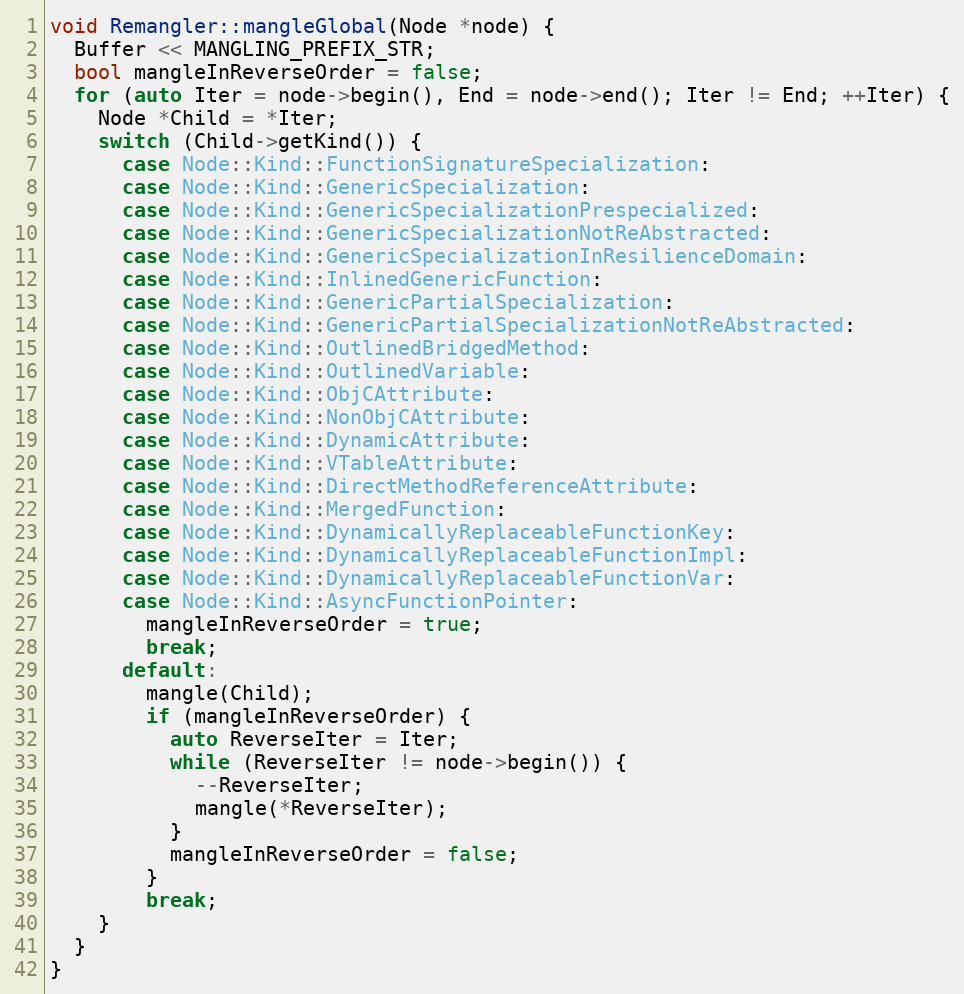
Language: C++
void Remangler::mangleGlobal(Node *node) {
  Buffer << MANGLING_PREFIX_STR;
  bool mangleInReverseOrder = false;
  for (auto Iter = node->begin(), End = node->end(); Iter != End; ++Iter) {
    Node *Child = *Iter;
    switch (Child->getKind()) {
      case Node::Kind::FunctionSignatureSpecialization:
      case Node::Kind::GenericSpecialization:
      case Node::Kind::GenericSpecializationPrespecialized:
      case Node::Kind::GenericSpecializationNotReAbstracted:
      case Node::Kind::GenericSpecializationInResilienceDomain:
      case Node::Kind::InlinedGenericFunction:
      case Node::Kind::GenericPartialSpecialization:
      case Node::Kind::GenericPartialSpecializationNotReAbstracted:
      case Node::Kind::OutlinedBridgedMethod:
      case Node::Kind::OutlinedVariable:
      case Node::Kind::ObjCAttribute:
      case Node::Kind::NonObjCAttribute:
      case Node::Kind::DynamicAttribute:
      case Node::Kind::VTableAttribute:
      case Node::Kind::DirectMethodReferenceAttribute:
      case Node::Kind::MergedFunction:
      case Node::Kind::DynamicallyReplaceableFunctionKey:
      case Node::Kind::DynamicallyReplaceableFunctionImpl:
      case Node::Kind::DynamicallyReplaceableFunctionVar:
      case Node::Kind::AsyncFunctionPointer:
        mangleInReverseOrder = true;
        break;
      default:
        mangle(Child);
        if (mangleInReverseOrder) {
          auto ReverseIter = Iter;
          while (ReverseIter != node->begin()) {
            --ReverseIter;
            mangle(*ReverseIter);
          }
          mangleInReverseOrder = false;
        }
        break;
    }
  }
}